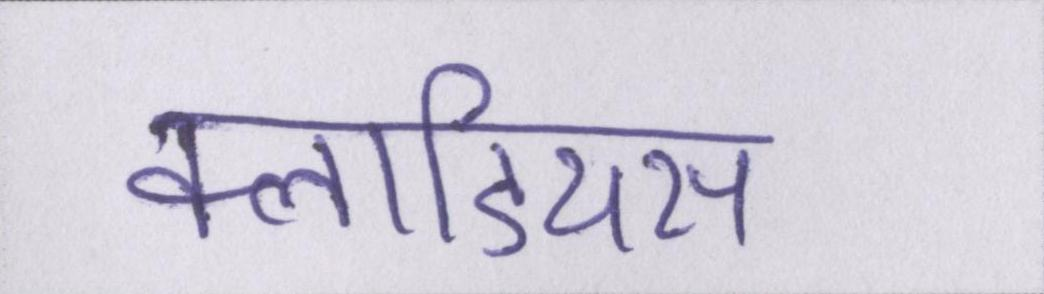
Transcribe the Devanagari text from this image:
क्लाडियस